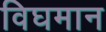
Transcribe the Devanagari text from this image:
विघमान